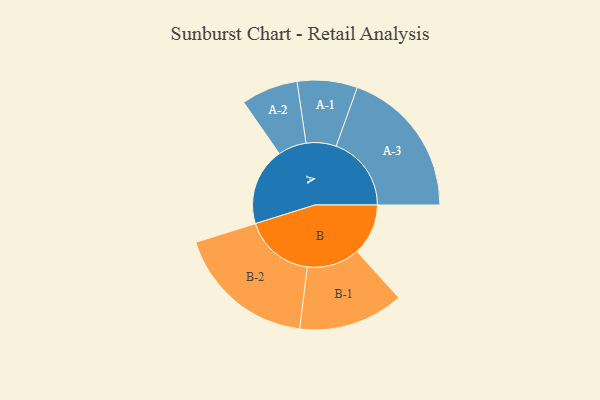
{"axis": {"x": "Segment", "y": "Value"}, "legend": ["", "A", "B"], "data": [{"x": "A", "y": 282, "type": ""}, {"x": "B", "y": 186, "type": ""}, {"x": "A-1", "y": 109, "type": "A"}, {"x": "A-2", "y": 103, "type": "A"}, {"x": "A-3", "y": 273, "type": "A"}, {"x": "B-1", "y": 191, "type": "B"}, {"x": "B-2", "y": 255, "type": "B"}]}